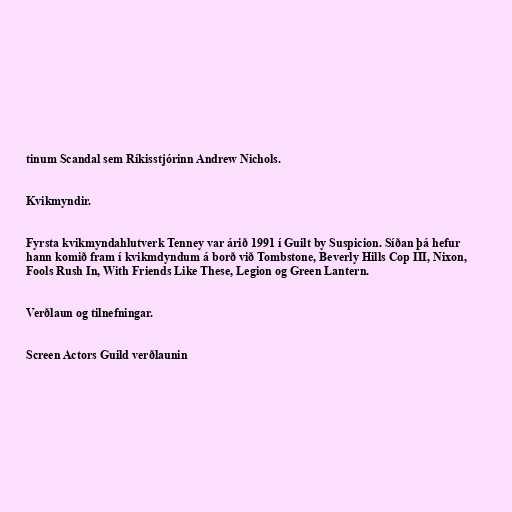
tinum Scandal sem Ríkisstjórinn Andrew Nichols.

Kvikmyndir.

Fyrsta kvikmyndahlutverk Tenney var árið 1991 í Guilt by Suspicion. Síðan þá hefur
hann komið fram í kvikmdyndum á borð við Tombstone, Beverly Hills Cop III, Nixon,
Fools Rush In, With Friends Like These, Legion og Green Lantern.

Verðlaun og tilnefningar.

Screen Actors Guild verðlaunin